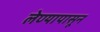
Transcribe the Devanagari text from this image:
लेण्यापासून